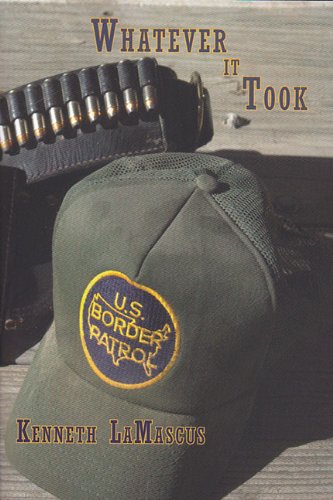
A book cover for Whatever It Took; Kenneth LaMascus; Law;